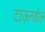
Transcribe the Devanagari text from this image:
टाऊनहॉल